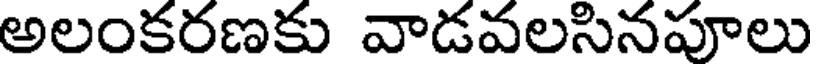
అలంకరణకు వాడవలసినపూలు